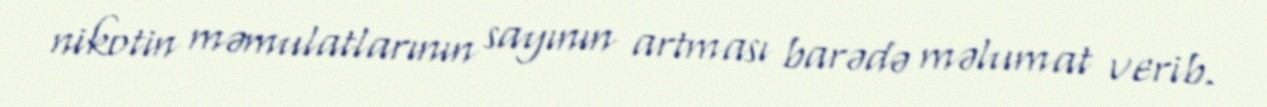
nikotin məmulatlarının sayının artması barədə məlumat verib.